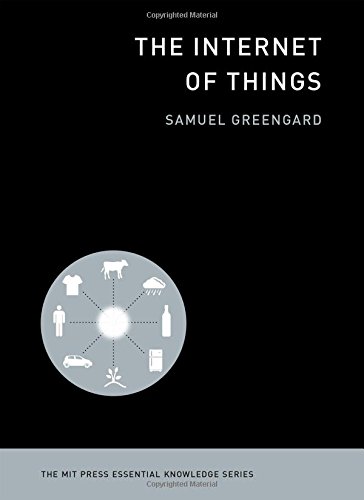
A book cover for The Internet of Things (The MIT Press Essential Knowledge series); Samuel Greengard; Computers & Technology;